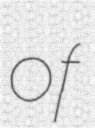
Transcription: of